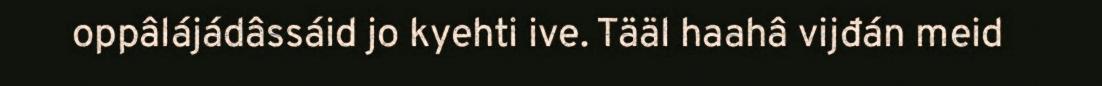
oppâlájádâssáid jo kyehti ive. Tääl haahâ vijđán meid